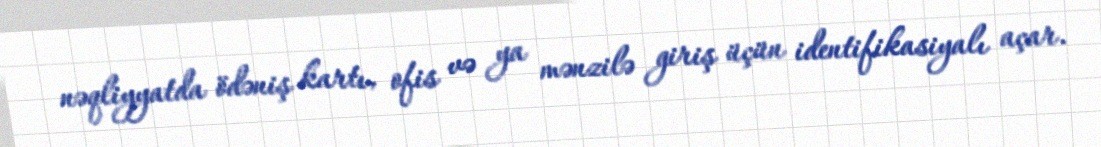
nəqliyyatda ödəniş kartı, ofis və ya mənzilə giriş üçün identifikasiyalı açar.